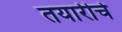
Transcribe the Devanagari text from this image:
तयारीचे